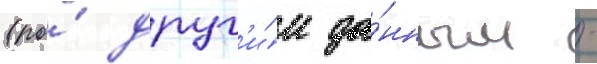
(по́ друг'и́м да́нным -